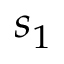
s _ { 1 }